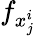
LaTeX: f_{x_{j}^{i}}